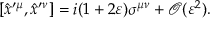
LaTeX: [ \hat { x } ^ { \prime \mu } , \hat { x } ^ { \prime \nu } ] = i ( 1 + 2 \varepsilon ) \sigma ^ { \mu \nu } + \mathcal { O } ( \varepsilon ^ { 2 } ) .